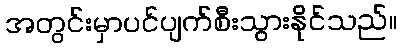
အတွင်းမှာပင်ပျက်စီးသွားနိုင်သည်။